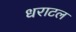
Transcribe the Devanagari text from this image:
धराटल